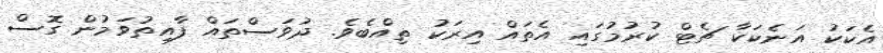
އެކަކު އަނެކަކާ ޗެޓް ކުރުމުގައި އެތައް އިރަކު ތިއްބެވެ. ދުވަސްތައް ފާއިތުވަމުން ގޮސް